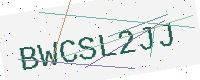
Text: BWCSL2JJ